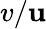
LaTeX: v/\mathbf{u}